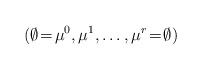
LaTeX: \begin{align*} (\emptyset\!=\!\mu^0,\mu^1,\dots,\mu^r\!=\!\emptyset) \end{align*}